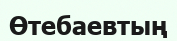
Өтебаевтың